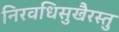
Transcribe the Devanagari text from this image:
निरवधिसुखैरस्तु